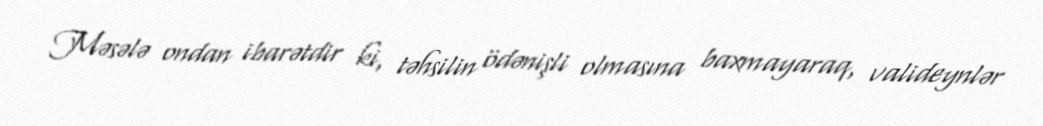
Məsələ ondan ibarətdir ki, təhsilin ödənişli olmasına baxmayaraq, valideynlər